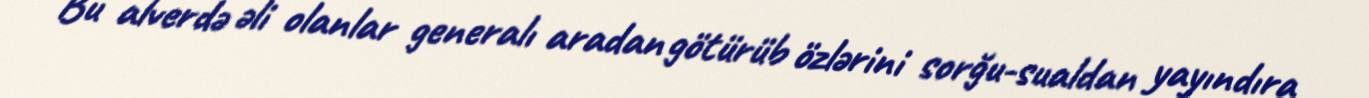
Bu alverdə əli olanlar generalı aradan götürüb özlərini sorğu-sualdan yayındıra